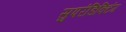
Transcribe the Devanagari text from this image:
सुपरंडिक्टिंग